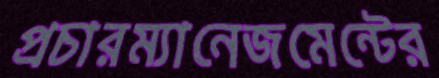
প্রচারম্যানেজমেন্টের